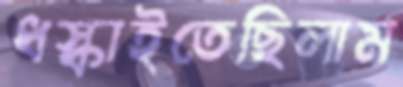
ধস্‌কাইতেছিলাম